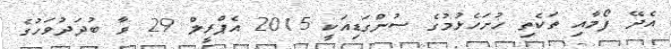
އެދޭ ފޯމާއި ތަކެތި ހުށަހެޅުމުގެ ސުންގަޑިއަކީ 2015 އެޕްރީލް 29 ވާ ބުދަދުވަހުގެ